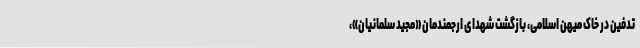
تدفین در خاک میهن اسلامی، بازگشت شهدای ارجمندمان «مجید سلمانیان»،